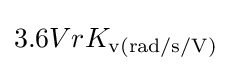
3.6VrK_{\text{v(rad/s/V)}}